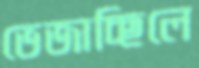
ভেজাচ্ছিলে